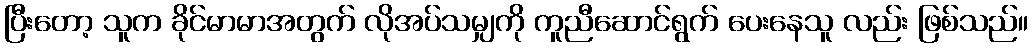
ပြီးတော့ သူက ခိုင်မာမာအတွက် လိုအပ်သမျှကို ကူညီဆောင်ရွက် ပေးနေသူ လည်း ဖြစ်သည်။